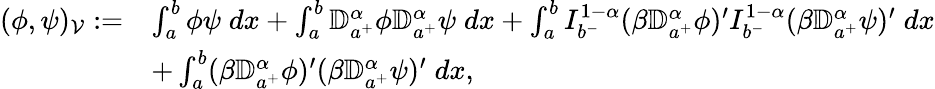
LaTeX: \begin{array}{rl}{(\phi,\psi)_{\mathcal V}:=}&{\int_{a}^{b}\phi\psi\; dx+\int_{a}^{b}{\mathbb D}_{a^{+}}^{\alpha}\phi{\mathbb D}_{a^{+}}^{\alpha}\psi\; dx+\int_{a}^{b}I_{b^{-}}^{1-\alpha}(\beta{\mathbb D}_{a^{+}}^{\alpha}\phi)^{\prime}I_{b^{-}}^{1-\alpha}(\beta{\mathbb D}_{a^{+}}^{\alpha}\psi)^{\prime}\; dx}\\ &{+\int_{a}^{b}(\beta{\mathbb D}_{a^{+}}^{\alpha}\phi)^{\prime}(\beta{\mathbb D}_{a^{+}}^{\alpha}\psi)^{\prime}\; dx,}\end{array}